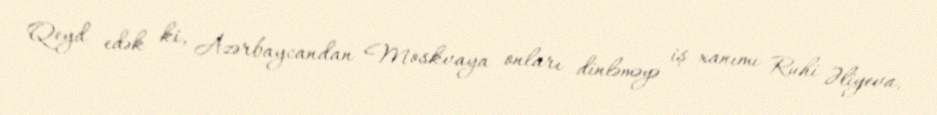
Qeyd edək ki, Azərbaycandan Moskvaya onları dinləməyə iş xanımı Ruhi Əliyeva,